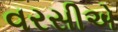
વરસીએ